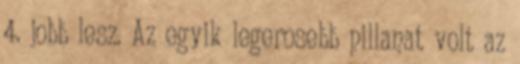
4. jobb lesz. Az egyik legerosebb pillanat volt az